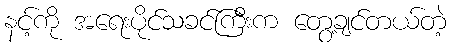
နင့်ကို အရေးပိုင်သခင်ကြီးက တွေ့ချင်တယ်တဲ့